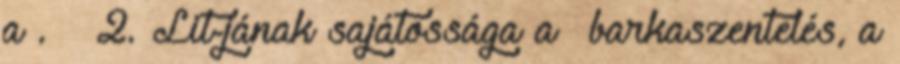
a . – 2. Lit-jának sajátossága a →barkaszentelés, a